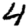
Digit: 4